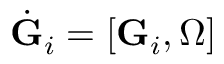
\dot { \bf G } _ { i } = [ { \bf G } _ { i } , { \boldsymbol \Omega } ]